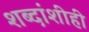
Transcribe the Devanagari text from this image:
शब्दांशीही